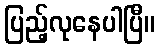
ပြည့်လုနေပါပြီ။